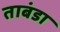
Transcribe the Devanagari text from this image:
ताबंडा